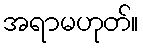
အရာမဟုတ်။